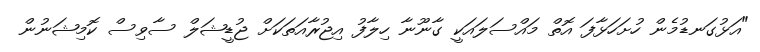
"އަޅުގަނޑުމެން ހުށަހަޅާފަ އޮތް މައްސަލައަކީ ގާނޫނާ ހިލާފު އިޖުރާއަތަކަށް ޖުޑީޝަލް ސާވިސް ކޮމިޝަނުން